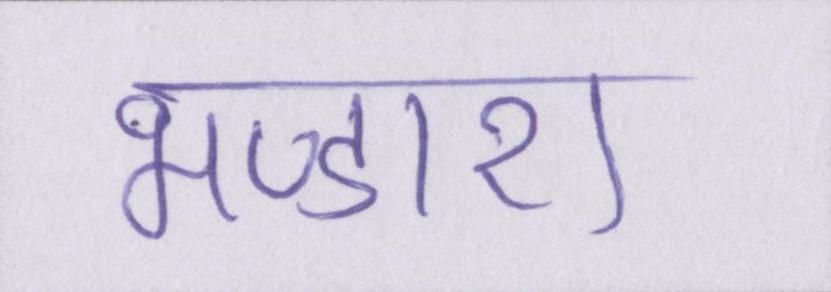
भण्डारा